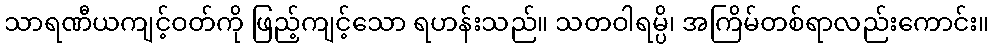
သာရဏီယကျင့်ဝတ်ကို ဖြည့်ကျင့်သော ရဟန်းသည်။ သတဝါရမ္ပိ၊ အကြိမ်တစ်ရာလည်းကောင်း။